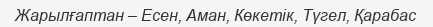
Жарылғаптан – Есен, Аман, Көкетік, Түгел, Қарабас